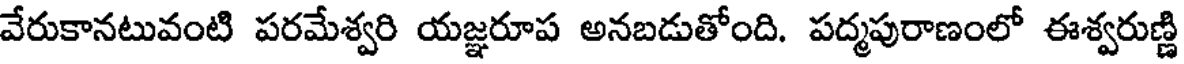
వేరుకానటువంటి పరమేశ్వరి యజ్ఞరూప అనబడుతోంది. పద్మపురాణంలో ఈశ్వరుణ్ణి